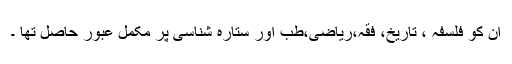
ان کو فلسفہ ، تاریخ، فقہ،ریاضی،طب اور ستارہ شناسی پر مکمل عبور حاصل تھا ۔